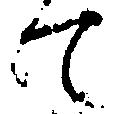
て